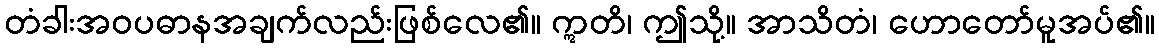
တံခါးအဝပဓာနအချက်လည်းဖြစ်လေ၏။ ဣတိ၊ ဤသို့။ အာသိတံ၊ ဟောတော်မူအပ်၏။